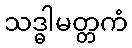
သဒ္ဓါမတ္တကံ